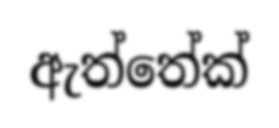
ඇත්තේක්